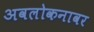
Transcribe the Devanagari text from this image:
अवलोकनावर